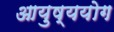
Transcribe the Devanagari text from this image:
आयुष्ययोग